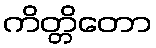
ကိတ္တိတော